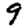
Digit: 9